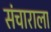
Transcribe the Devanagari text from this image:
संचाराला